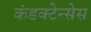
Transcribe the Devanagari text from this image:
कंडक्टेन्सेस